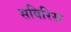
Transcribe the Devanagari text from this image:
सविरिस